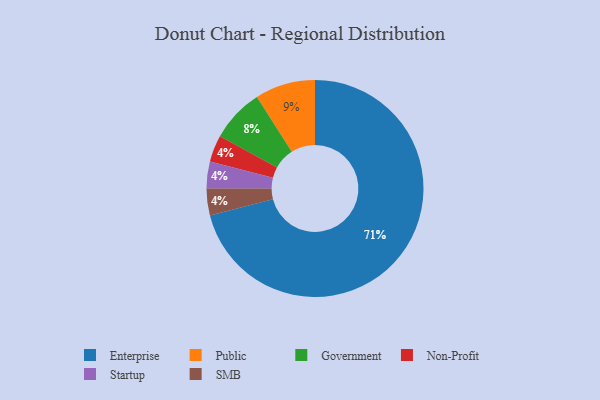
{"axis": {"x": "Category", "y": "Percentage"}, "legend": ["Enterprise", "Government", "Non-Profit", "Public", "SMB", "Startup"], "data": [{"x": "Non-Profit", "y": 4, "type": "Non-Profit"}, {"x": "Government", "y": 8, "type": "Government"}, {"x": "Startup", "y": 4, "type": "Startup"}, {"x": "Public", "y": 9, "type": "Public"}, {"x": "Enterprise", "y": 71, "type": "Enterprise"}, {"x": "SMB", "y": 4, "type": "SMB"}]}